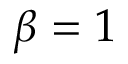
\beta = 1